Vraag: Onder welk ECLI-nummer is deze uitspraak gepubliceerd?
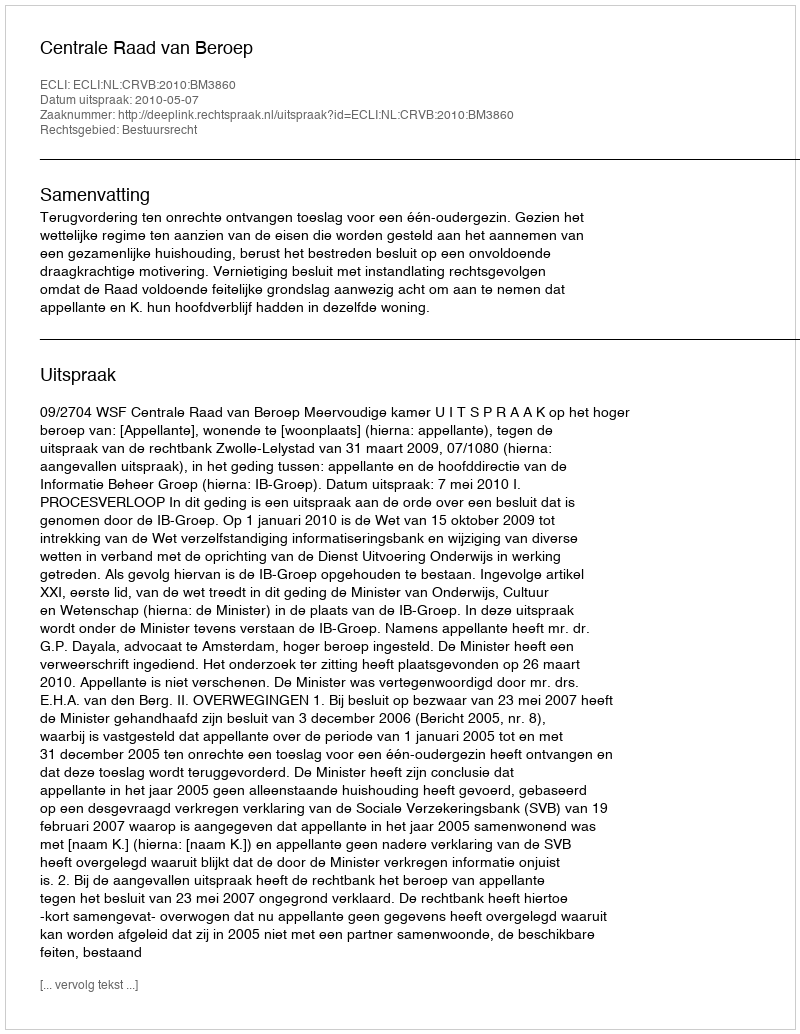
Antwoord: ECLI:NL:CRVB:2010:BM3860